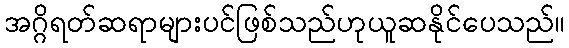
အဂ္ဂိရတ်ဆရာများပင်ဖြစ်သည်ဟုယူဆနိုင်ပေသည်။